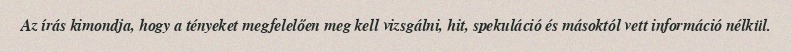
Az írás kimondja, hogy a tényeket megfelelően meg kell vizsgálni, hit, spekuláció és másoktól vett információ nélkül.